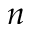
n